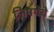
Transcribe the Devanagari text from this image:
लिमयेंंचे